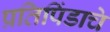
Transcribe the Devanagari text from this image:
प्रतिपिंडाचे